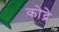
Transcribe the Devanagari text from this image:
कोद्रे